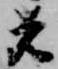
者